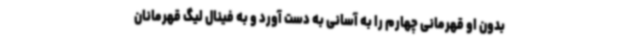
بدون او قهرمانی چهارم را به آسانی به دست آورد و به فینال لیگ قهرمانان